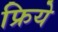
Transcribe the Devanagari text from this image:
फ्रिये